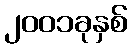
၂၀၀၁ခုနှစ်